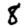
Digit: 8